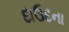
દાઉદના